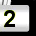
Digit: 2